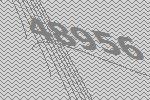
48956